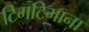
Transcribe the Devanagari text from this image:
टिमटिमाना